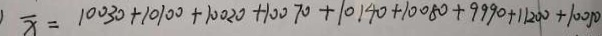
\overline { x } = 1 0 0 3 0 + 1 0 1 0 0 + 1 0 0 2 0 + 1 0 0 7 0 + 1 0 1 4 0 + 1 0 0 8 0 + 9 9 9 0 + 1 1 2 0 0 + 1 0 0 5 0